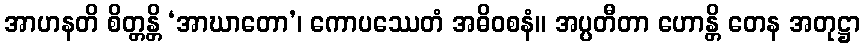
အာဟနတိ စိတ္တန္တိ ‘အာဃာတော’၊ ကောပဿေတံ အဓိဝစနံ။ အပ္ပတီတာ ဟောန္တိ တေန အတုဋ္ဌာ